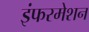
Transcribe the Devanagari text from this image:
इंफरमेशन